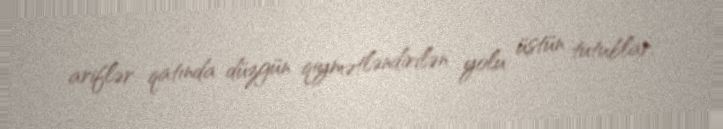
ariflər qatında düzgün qiymətləndirilən yolu üstün tutublar.